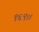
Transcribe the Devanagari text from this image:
९६९।।